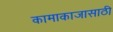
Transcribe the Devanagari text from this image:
कामाकाजासाठी